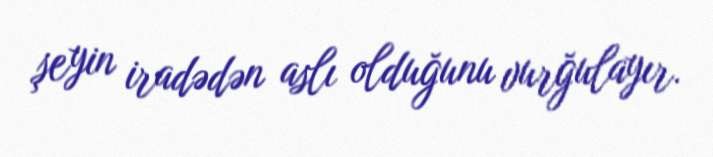
şeyin iradədən aslı olduğunu vurğulayır.